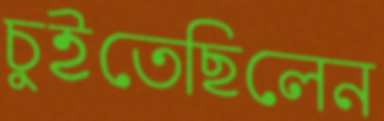
চুইতেছিলেন